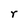
Character: r